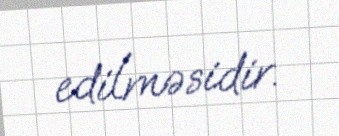
edilməsidir.